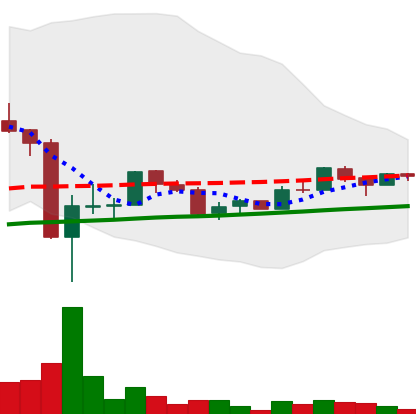
Ticker: LTC-USD
Chart end date: 2017-10-01
Forward return: -4.443%
Label: down_3_5